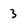
Character: 3